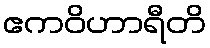
ဧကဝိဟာရီတိ